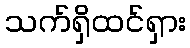
သက်ရှိထင်ရှား